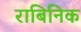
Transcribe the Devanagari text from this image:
राबिनिक